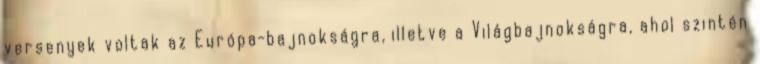
versenyek voltak az Európa-bajnokságra, illetve a Világbajnokságra, ahol szintén